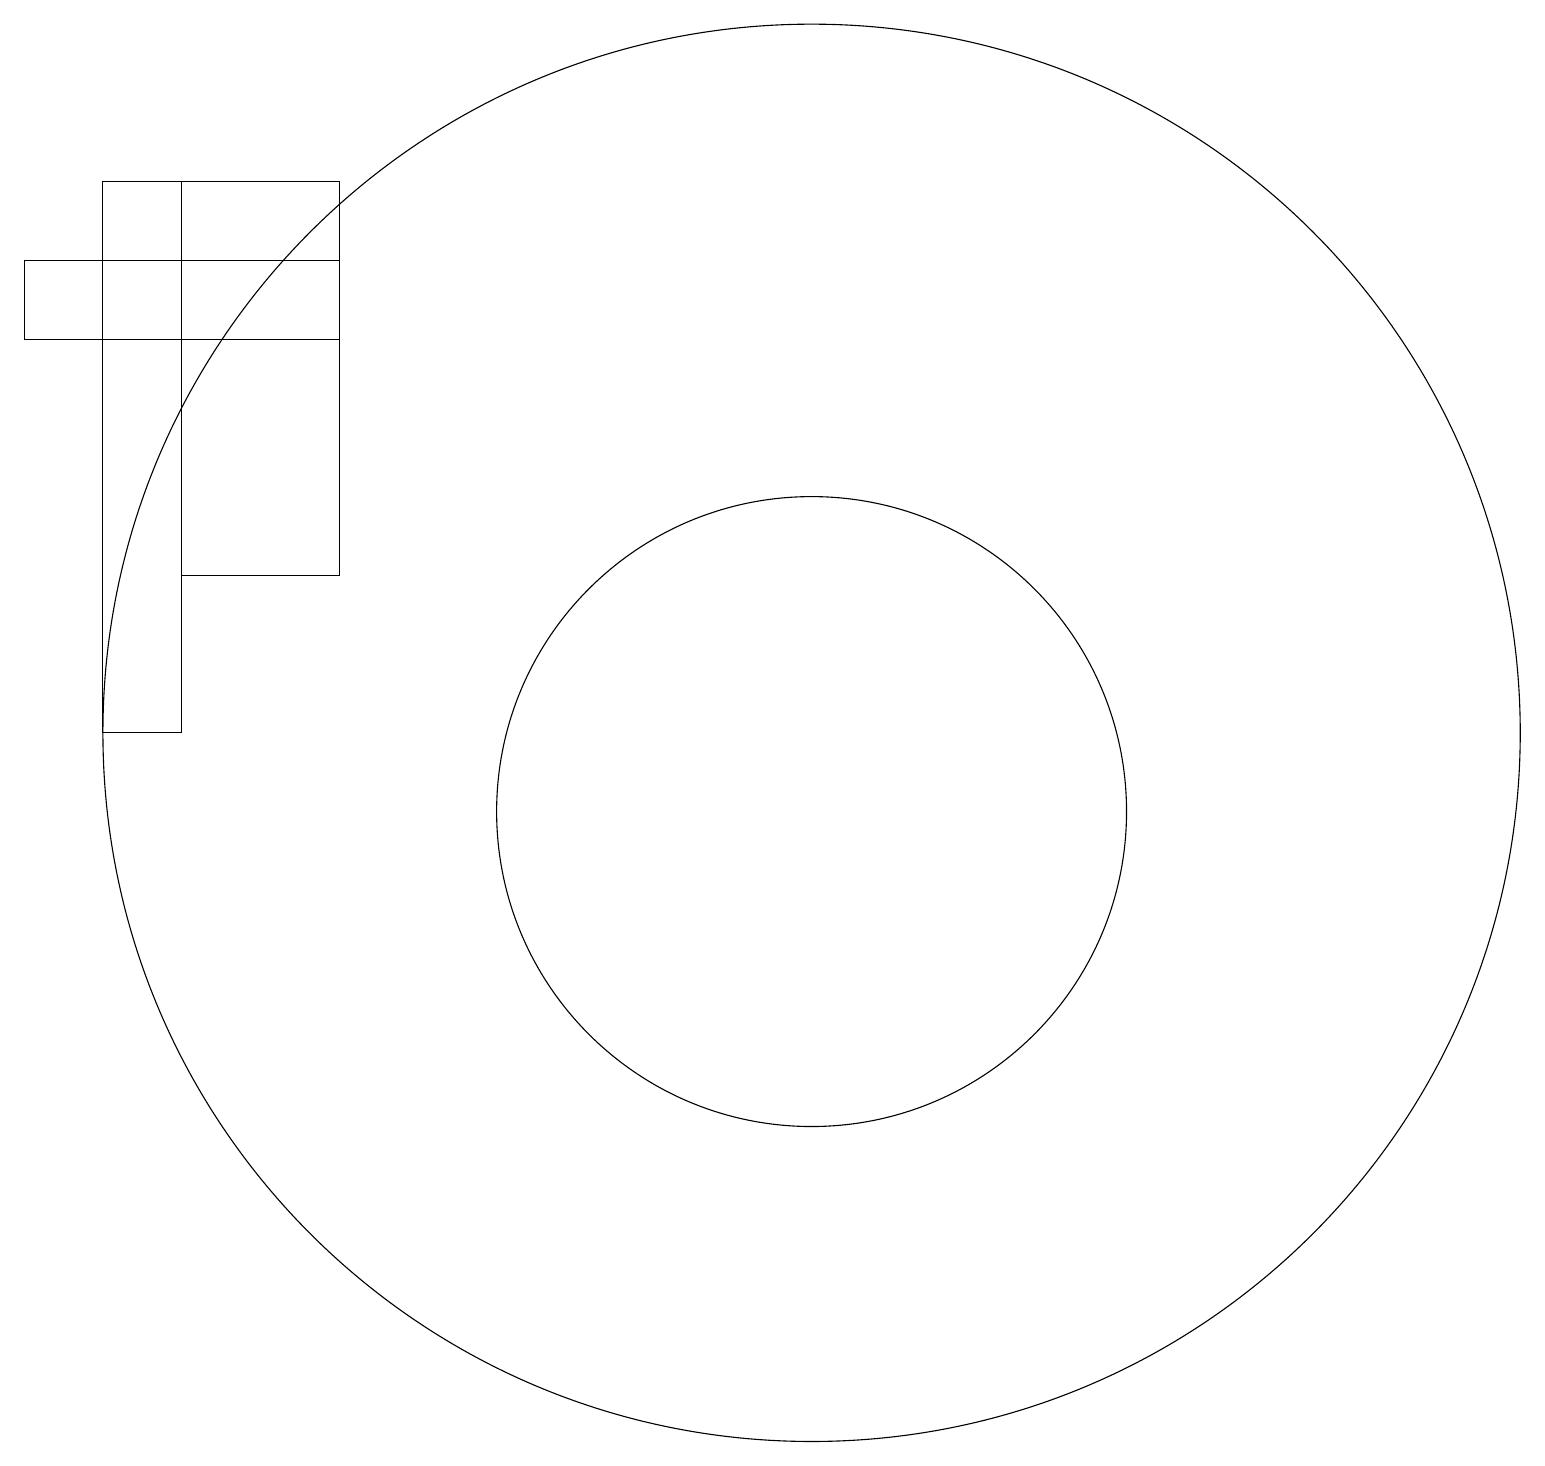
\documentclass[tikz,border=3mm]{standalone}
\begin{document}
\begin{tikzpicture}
\draw (2,18) rectangle (3,11);
\draw (11,10) circle (4);
\draw (11,11) circle (9);
\draw (3,18) rectangle (5,13);
\draw (5,17) rectangle (1,16);
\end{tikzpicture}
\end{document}